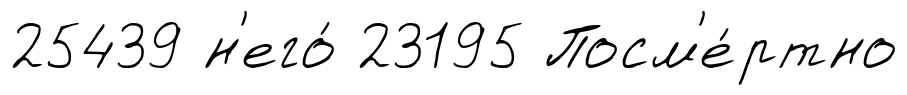
25439 н'его́ 23195 Посм'е́ртно